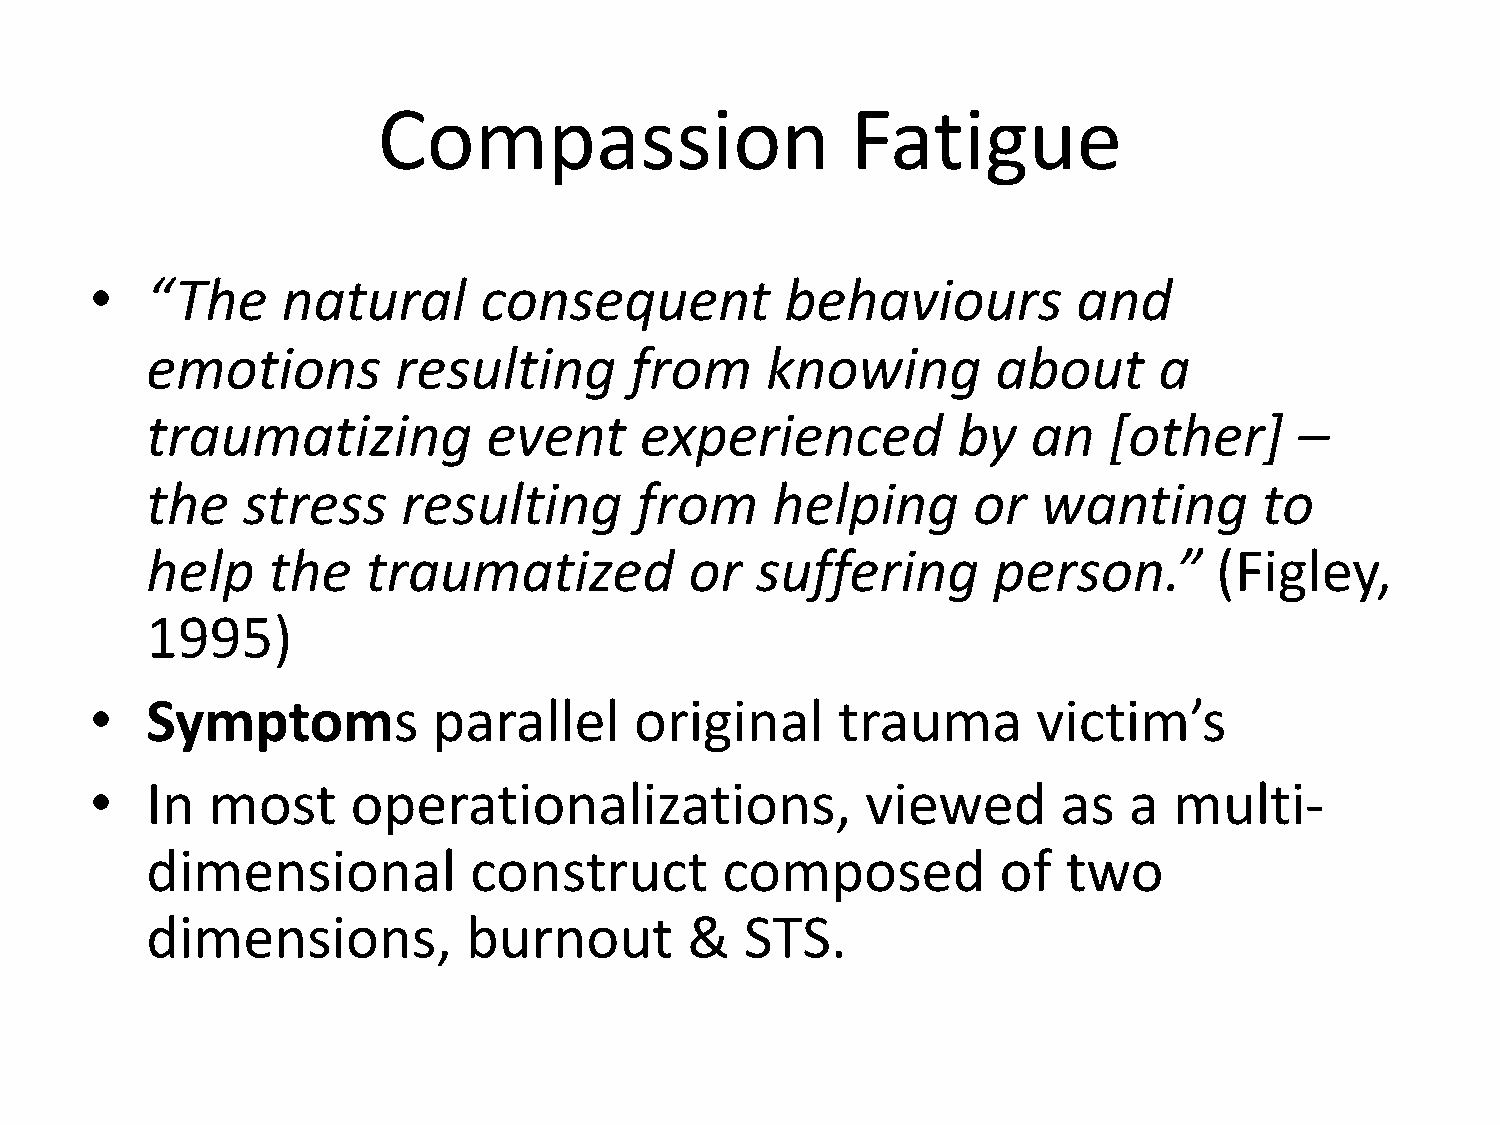
Compassion                     Fatigue
 •   “The     natural      consequent          behaviours         and
 emotions        resulting       from     knowing        about      a
 traumatizing          event     experienced          by   an   [other]      –
 the   stress     resulting      from     helping      or   wanting        to
 help    the   traumatized           or  suffering       person.”       (Figley,
 1995)
 •   Symptoms           parallel     original     trauma        victim’s
 •   In  most     operationalizations,              viewed       as   a  multi-
 dimensional          construct        composed          of   two
 dimensions,          burnout       &   STS.